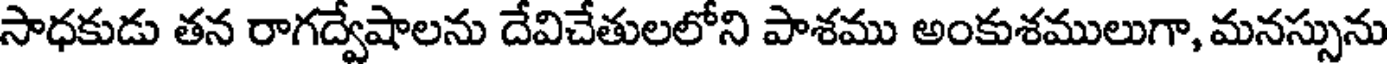
సాధకుడు తన రాగద్వేషాలను దేవిచేతులలోని పాశము అంకుశములుగా, మనస్సును